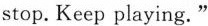
stop. Keep playing."